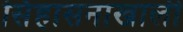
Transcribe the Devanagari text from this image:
सिंहासनाखाली